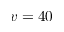
v = 4 0